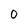
Character: 0